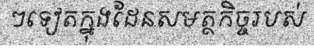
ៗទៀតក្នុងដែនសមត្ថកិច្ចរបស់